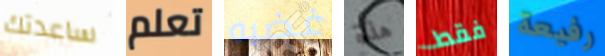
ساعدتك تعلم غضبه هذة فقط رفيعة